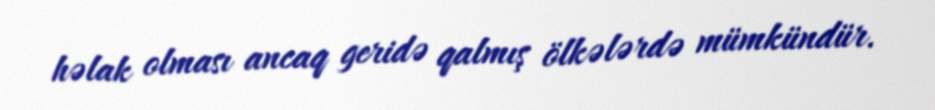
həlak olması ancaq geridə qalmış ölkələrdə mümkündür.